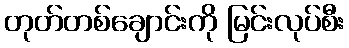
တုတ်တစ်ချောင်းကို မြင်းလုပ်စီး